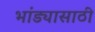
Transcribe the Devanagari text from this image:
भांड्यासाठी